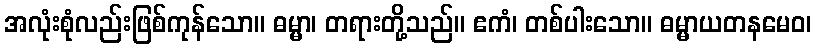
အလုံးစုံလည်းဖြစ်ကုန်သော။ ဓမ္မာ၊ တရားတို့သည်။ ဧကံ၊ တစ်ပါးသော။ ဓမ္မာယတနမေဝ၊